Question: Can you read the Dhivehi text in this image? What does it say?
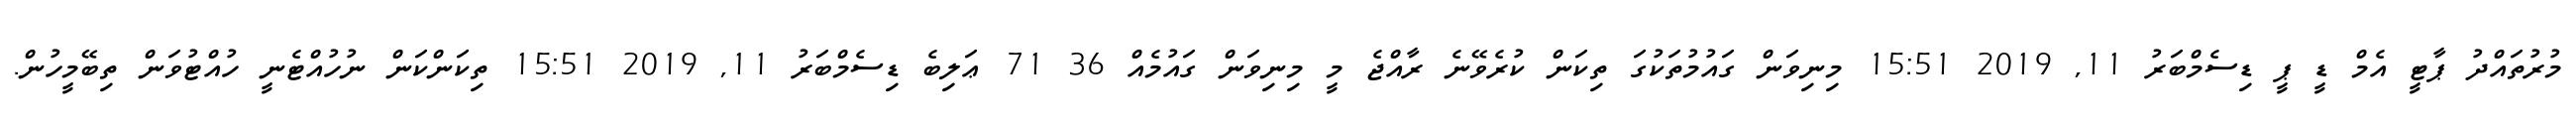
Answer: މުރުތައްދު ޕާޓީ އެމް ޑީ ޕީ ޑިސެމްބަރު 11, 2019 15:51 މިނިވަން ގައުމުތަކުގަ ތިކަން ކުރެވޭނެ ރާއްޖެ މީ މިނިވަން ގައުމެއް 36 71 ޢަލިބެ ޑިސެމްބަރު 11, 2019 15:51 ތިކަންކަން ނުހުއްޓެނީ ހުއްޓުވަން ތިބޭމީހުން.